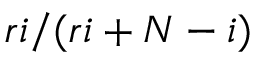
r i / ( r i + N - i )